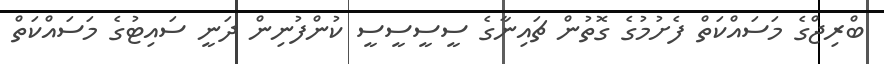
ބްރިޖްގެ މަސައްކަތް ފެށުމުގެ ގޮތުން ޗައިނާގެ ސީސީސީސީ ކުންފުނިން ދަނީ ސައިޓުގެ މަސައްކަތް